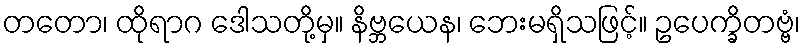
တတော၊ ထိုရာဂ ဒေါသတို့မှ။ နိဗ္ဘယေန၊ ဘေးမရှိသဖြင့်။ ဥပေက္ခိတဗ္ဗံ၊